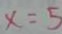
x = 5